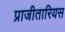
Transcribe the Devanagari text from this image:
प्राजीतारियस